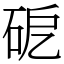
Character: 砨